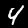
Label: 4